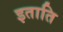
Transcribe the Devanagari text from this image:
इताति